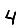
Digit: 4